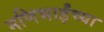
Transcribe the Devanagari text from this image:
मणिभाईंच्या